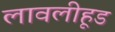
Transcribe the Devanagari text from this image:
लावलीहूड